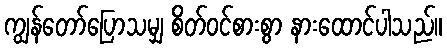
ကျွန်တော်ပြောသမျှ စိတ်ဝင်စားစွာ နားထောင်ပါသည်။